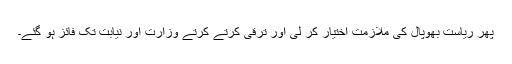
پھر ریاست بھوپال کی ملازمت اختیار کر لی اور ترقی کرتے کرتے وزارت اور نیابت تک فائز ہو گئے۔